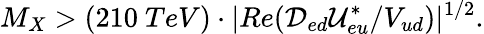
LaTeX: M_{X}>(210~TeV)\cdot|Re({{\cal D}_{ed}{\cal U}_{eu}^{*}}/{V_{ud}})|^{1/2}.